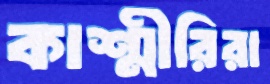
কাশ্মীরিরা